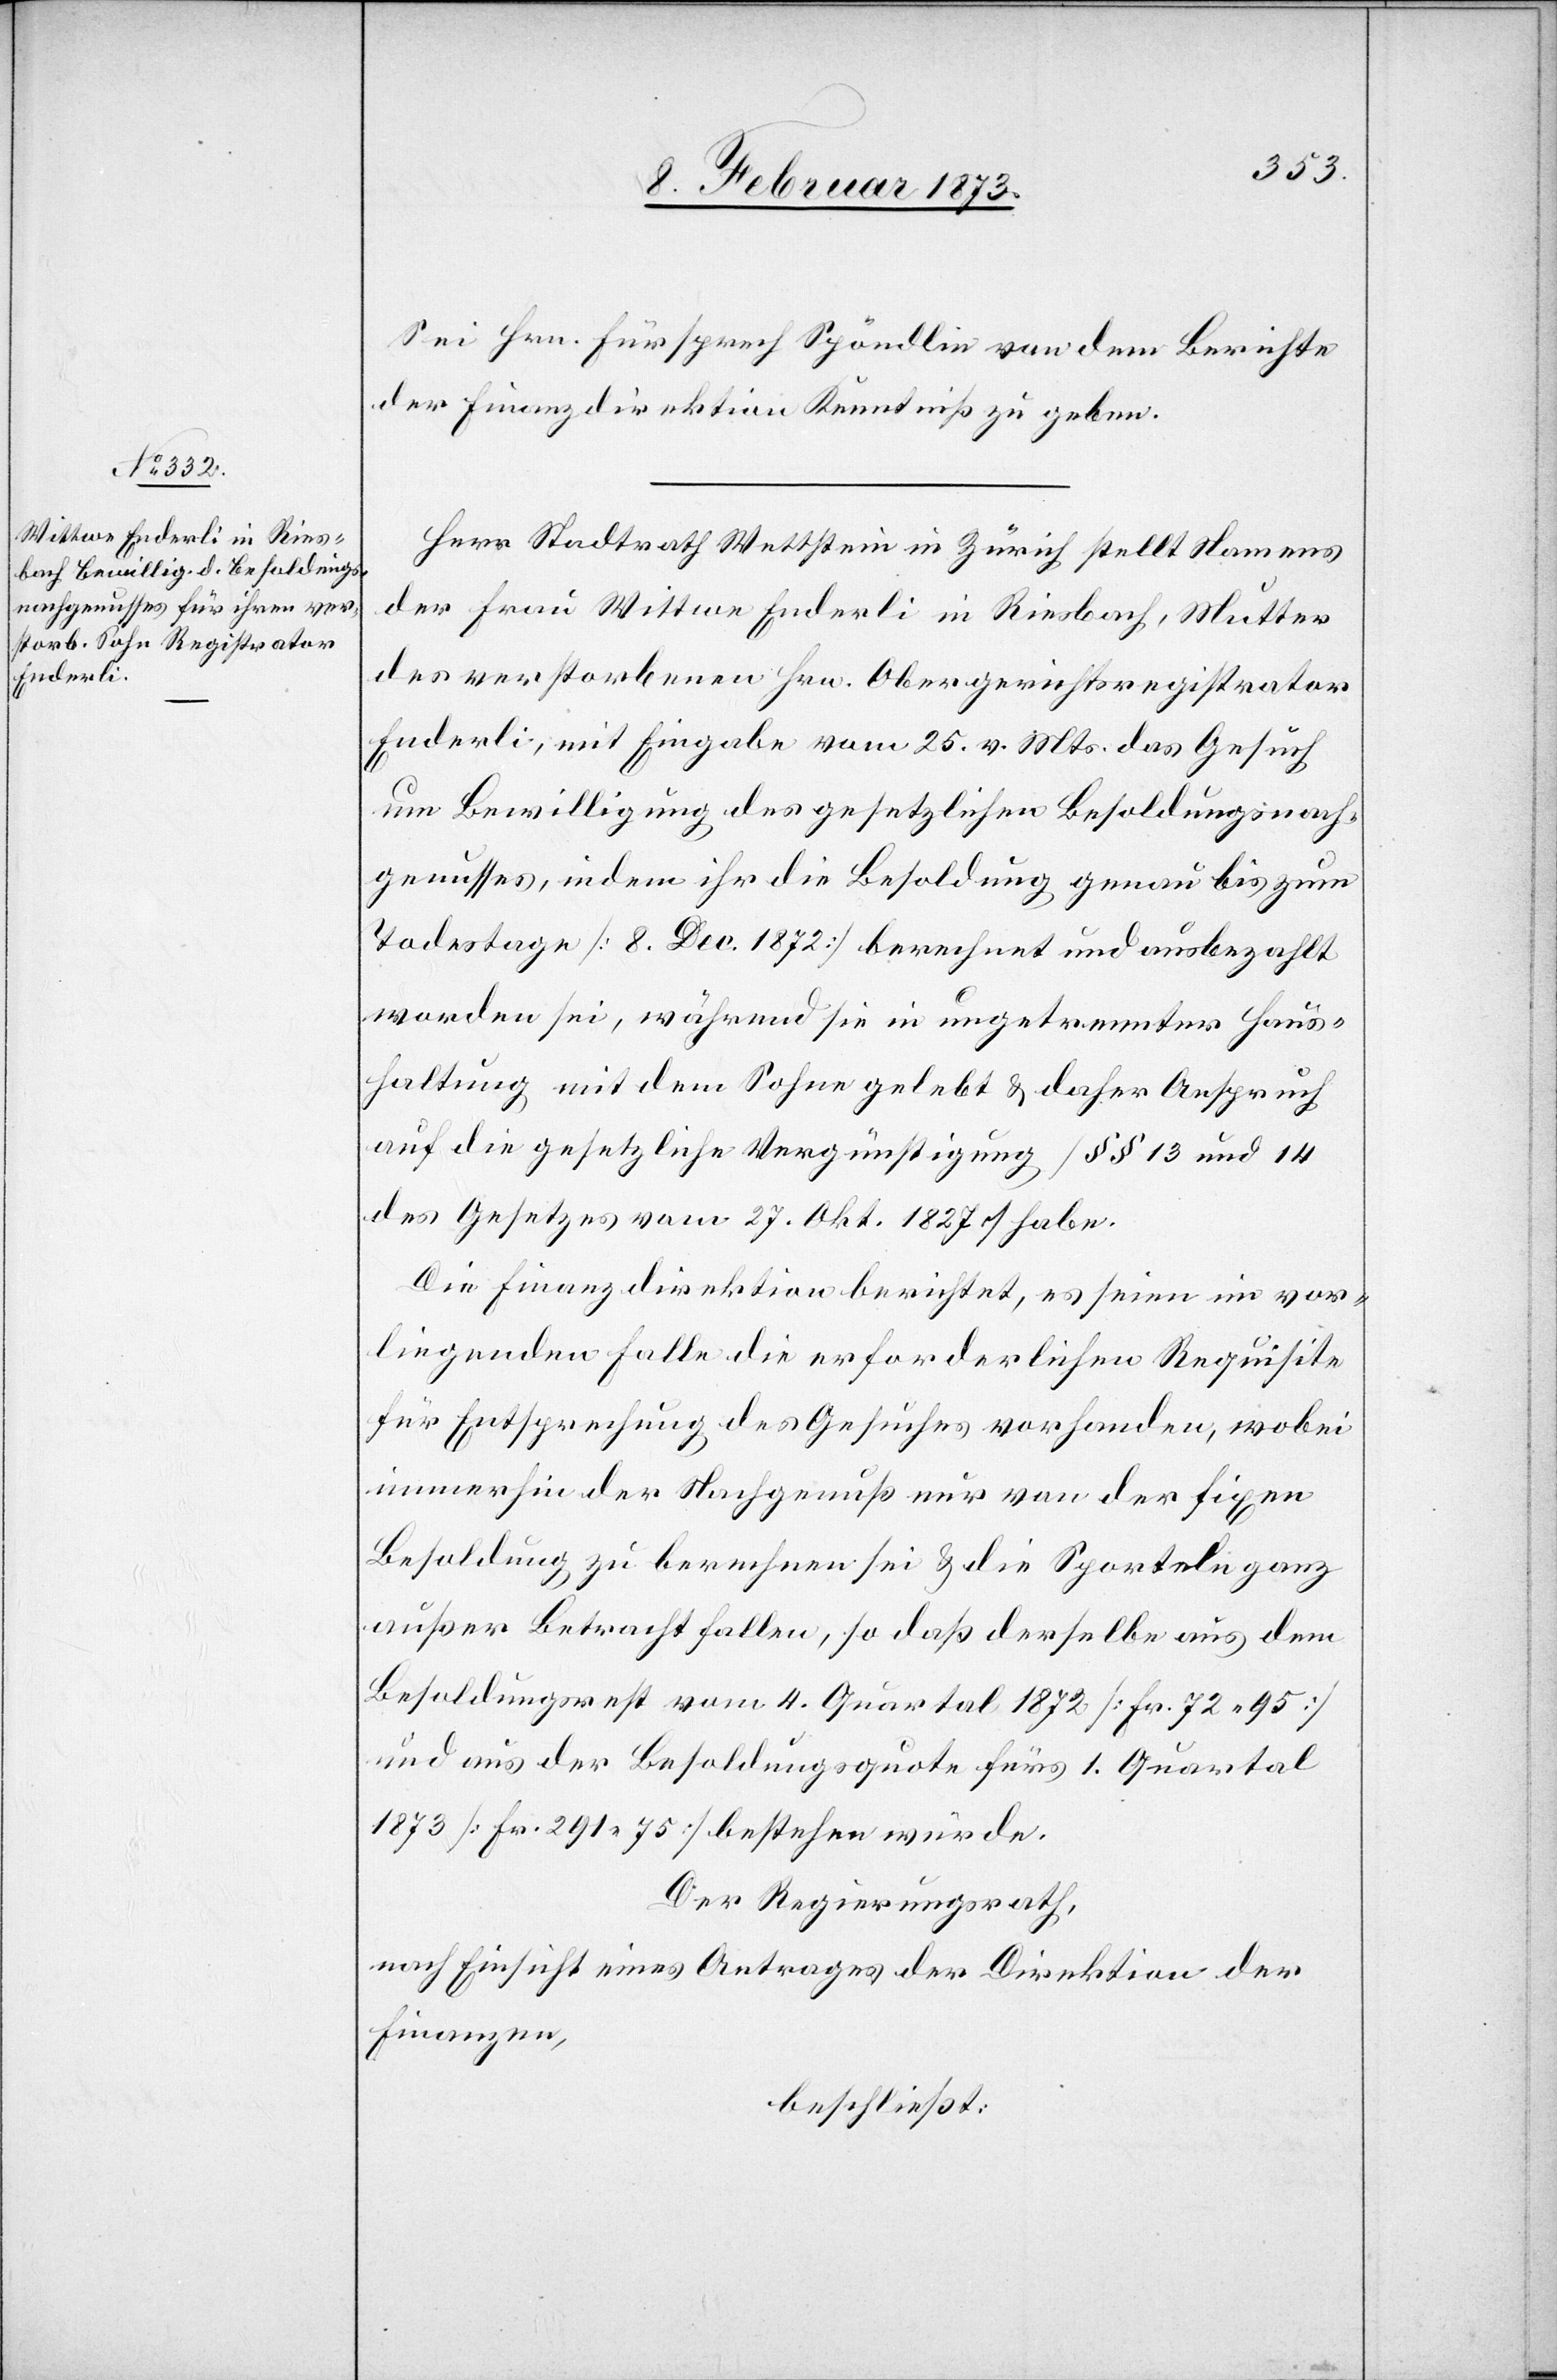
Sei Hrn. Fürsprech Spöndlin von dem Berichte
der Finanzdirektion Kenntniß zu geben.
Herr Stadtrath Wettstein in Zürich stellt Namens
der Frau Wittwe Enderli in Riesbach, Mutter
des verstorbenen Hrn. Obergerichtsregistrator
Enderli, mit Eingabe vom 25. v. Mts. das Gesuch
um Bewilligung des gesetzlichen Besoldungsnach¬
genusses, indem ihr die Besoldung genau bis zum
Todestage [8. Dec. 1872] berechnet und ausbezahlt
worden sei, während sie in ungetrennter Haus¬
haltung mit dem Sohne gelebt u. daher Anspruch
auf die gesetzliche Vergünstigung [§§ 13 und 14
des Gesetzes vom 27. Okt. 1827] habe.
Die Finanzdirektion berichtet, es seien im vor¬
liegenden Falle die erforderlichen Requisite[n]
für Entsprechung des Gesuches vorhanden, wobei
immerhin der Nachgenuß nur von der fixen
Besoldung zu berechnen sei u. die Sporteln ganz
außer Betracht fallen, so daß derselbe aus dem
Besoldungsrest vom 4. Quartal 1872 [Fr. 72.95]
und aus der Besoldungsquote fürs 1. Quartal
1873 [Fr. 291.75] bestehen würde.
Der Regierungsrath,
nach Einsicht eines Antrages der Direktion der
Finanzen,
beschließt: